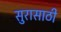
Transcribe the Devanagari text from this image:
सुरासाठी